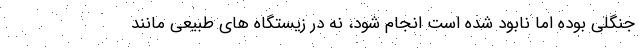
جنگلی بوده اما نابود شده است انجام شود، نه در زیستگاه های طبیعی مانند